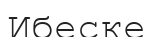
Ибеске